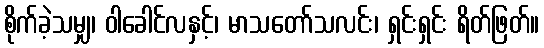
စိုက်ခဲ့သမျှ၊ ဝါခေါင်လနှင့်၊ မာသတော်သလင်း၊ ရှင်းရှင်း ရိတ်ဖြတ်။